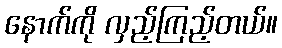
နောက်ကို လှည့်ကြည့်တယ်။